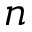
n